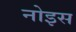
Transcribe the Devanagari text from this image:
नोइस